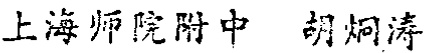
上海师院附中 胡炯涛